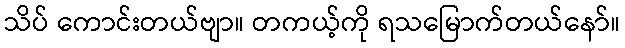
သိပ် ကောင်းတယ်ဗျာ။ တကယ့်ကို ရသမြောက်တယ်နော်။